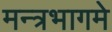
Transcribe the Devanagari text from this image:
मन्त्रभागमे